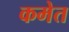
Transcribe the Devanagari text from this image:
कमेत